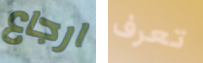
ارجاع تعرف